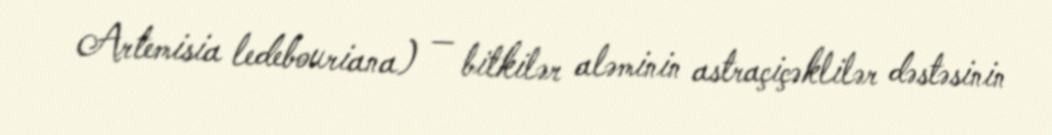
Artemisia ledebouriana) — bitkilər aləminin astraçiçəklilər dəstəsinin